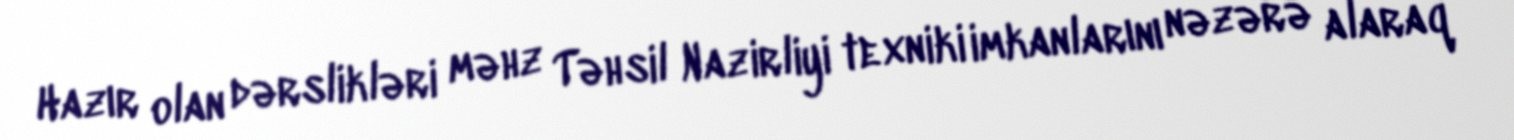
Hazır olan dərslikləri məhz Təhsil Nazirliyi texniki imkanlarını nəzərə alaraq